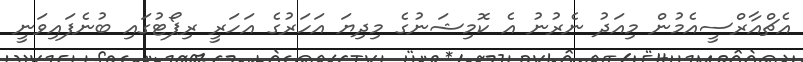
އެޗްއާރްސީއެމުން މިއަދު ނެރުނު އެ ކޮމިޝަނުގެ މިދިޔަ އަހަރުގެ އަހަރީ ރިޕޯޓުގައި ބުނެފައިވަނީ